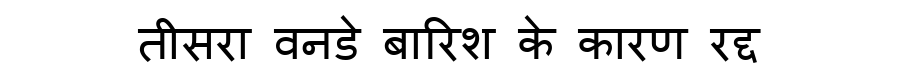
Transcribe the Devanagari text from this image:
तीसरा वनडे बारिश के कारण रद्द